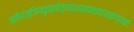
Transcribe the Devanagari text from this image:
ततोयज्ञियवृक्षोत्थांशाखामादायवाग्यतः